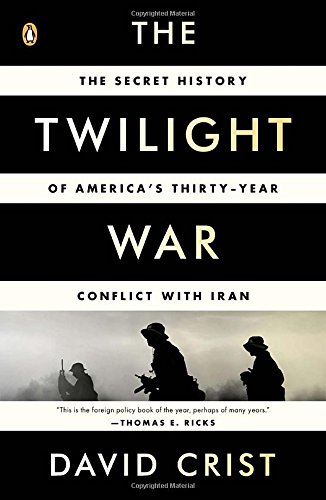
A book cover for The Twilight War: The Secret History of America's Thirty-Year Conflict with Iran; David Crist; History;